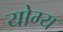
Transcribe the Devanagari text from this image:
योग्य